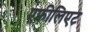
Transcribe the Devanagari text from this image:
एफीलिएट